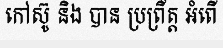
កៅស៊ូ និង បាន ប្រព្រឹត្ត អំពើ